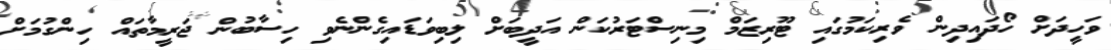
ވަހީދަށް ހޯދައިދިން ވެރިކަމުގައި ޓޫރިޒަމް މިނިސްޓަރުކަން އަދީބަށް ލިބިވަޑައިގެންނެވި ހިސާބުން ޖަރީމާތައް ހިންގުމަށް